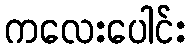
ကလေးပေါင်း